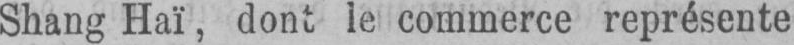
Shang Haï, dont le commerce représente